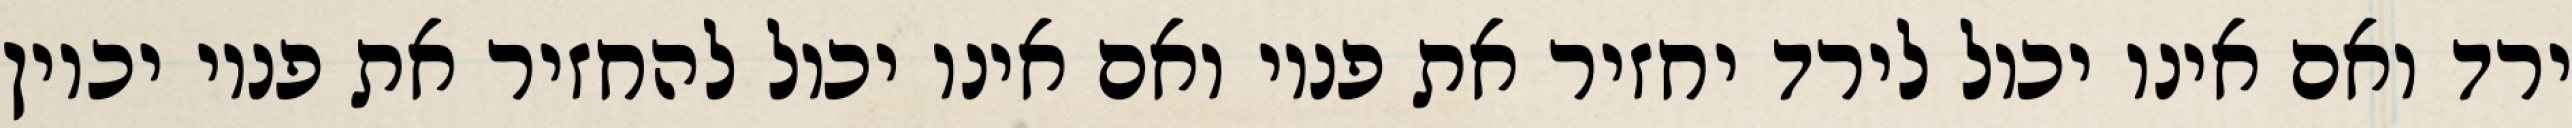
ירד ואם אינו יכול לירד יחזיר את פניו ואם אינו יכול להחזיר את פניו יכוין